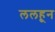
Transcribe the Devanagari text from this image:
ललहून